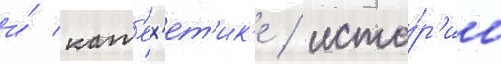
и́ кат'ех'ет'ик'е / исто́р'ии